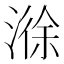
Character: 𣻄